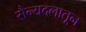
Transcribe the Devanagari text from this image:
सैन्यदलातून